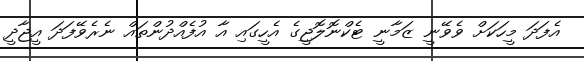
އެފަދަ މީހަކަށް ވެވޭނީ ޒަމާނީ ޓެކްނޮލޮޖީގެ އެހީގައި އާ އުފެއްދުންތައް ނެރެވޭފަދަ އީޖާދީ